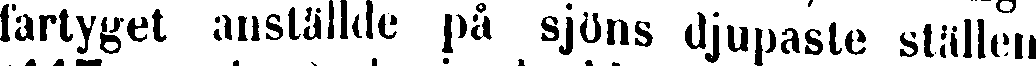
fartyget anställde på sjöns djupaste ställen